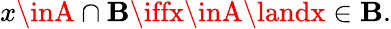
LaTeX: x\inA\cap\mathbf{B}\iffx\inA\landx\in\mathbf{B}.